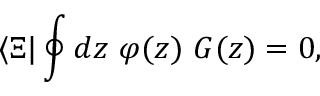
\langle \Xi | \oint d z \ \varphi ( z ) \ G ( z ) = 0 ,